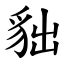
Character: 貀